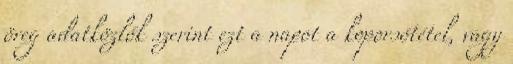
öreg adatközlők szerint ezt a napot a koporsótétel, vagy